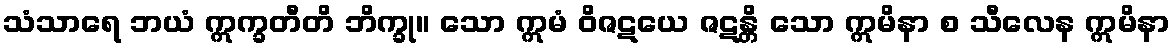
သံသာရေ ဘယံ ဣက္ခတီတိ ဘိက္ခု။ သော ဣမံ ဝိဇဋယေ ဇဋန္တိ သော ဣမိနာ စ သီလေန ဣမိနာ